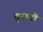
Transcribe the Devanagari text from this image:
चुनावॊं